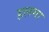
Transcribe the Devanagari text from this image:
हलमा